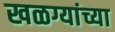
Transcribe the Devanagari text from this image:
खळग्यांच्या